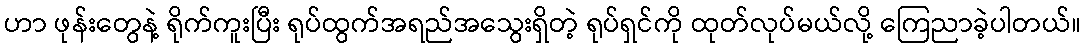
ဟာ ဖုန်းတွေနဲ့ ရိုက်ကူးပြီး ရုပ်ထွက်အရည်အသွေးရှိတဲ့ ရုပ်ရှင်ကို ထုတ်လုပ်မယ်လို့ ကြေညာခဲ့ပါတယ်။